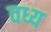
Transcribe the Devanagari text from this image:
वध्य